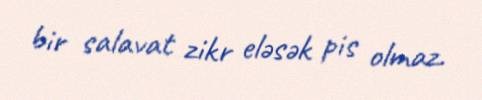
bir salavat zikr eləsək pis olmaz.